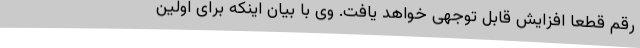
رقم قطعا افزایش قابل توجهی خواهد یافت. وی با بیان اینکه برای اولین